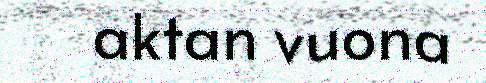
aktan vuona